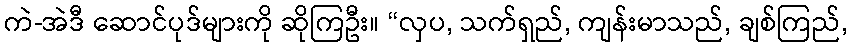
ကဲ-အဲဒီ ဆောင်ပုဒ်များကို ဆိုကြဦး။ “လှပ, သက်ရှည်, ကျန်းမာသည်, ချစ်ကြည်,